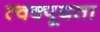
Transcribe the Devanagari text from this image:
त्वक्पूयता